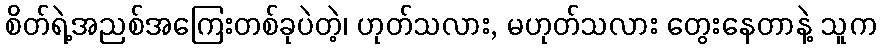
စိတ်ရဲ့အညစ်အကြေးတစ်ခုပဲတဲ့၊ ဟုတ်သလား, မဟုတ်သလား တွေးနေတာနဲ့ သူက